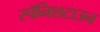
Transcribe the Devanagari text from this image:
स्पॅनिशटाउन